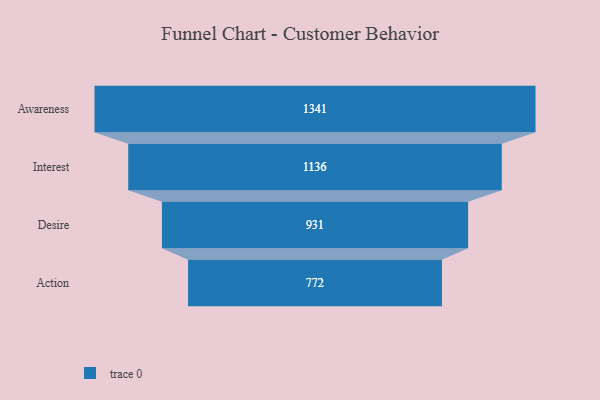
{"axis": {"x": "Stage", "y": "Value"}, "legend": [""], "data": [{"x": "Awareness", "y": 1341.0, "type": ""}, {"x": "Interest", "y": 1136.0, "type": ""}, {"x": "Desire", "y": 931.0, "type": ""}, {"x": "Action", "y": 772.0, "type": ""}]}